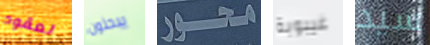
لعقود يبحثون محور غيبوبة سيد